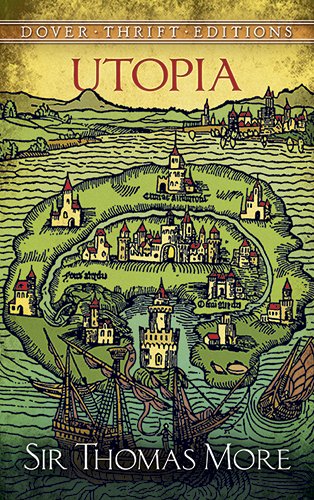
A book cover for Utopia (Dover Thrift Editions); Thomas More; Literature & Fiction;